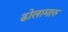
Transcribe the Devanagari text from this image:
ढोलामारु